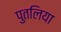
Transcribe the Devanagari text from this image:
पुतलिया